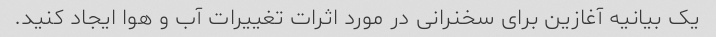
یک بیانیه آغازین برای سخنرانی در مورد اثرات تغییرات آب و هوا ایجاد کنید.